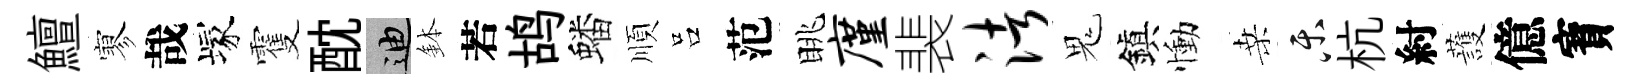
鱣寥哉塚䨥酖迪鉢若鸪蟠順吕范眺廑裴渚鬼鎭慟桑乐杭紂䕶億寳